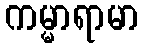
ကမ္မာရာမာ